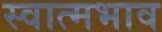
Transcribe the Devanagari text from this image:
स्वात्मभाव